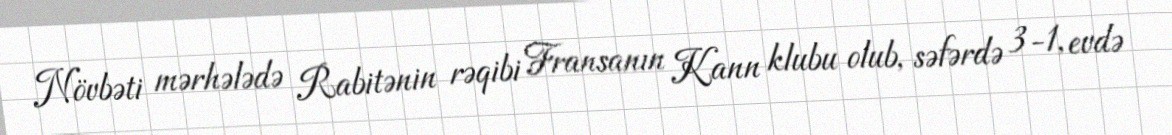
Növbəti mərhələdə Rabitənin rəqibi Fransanın Kann klubu olub, səfərdə 3-1, evdə